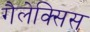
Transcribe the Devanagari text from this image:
गैलेक्सिस